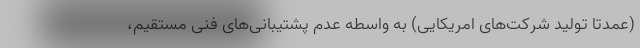
(عمدتا تولید شرکت‌های امریکایی) به واسطه عدم پشتیبانی‌های فنی مستقیم،